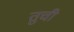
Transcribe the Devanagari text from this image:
तुची